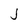
Character: J